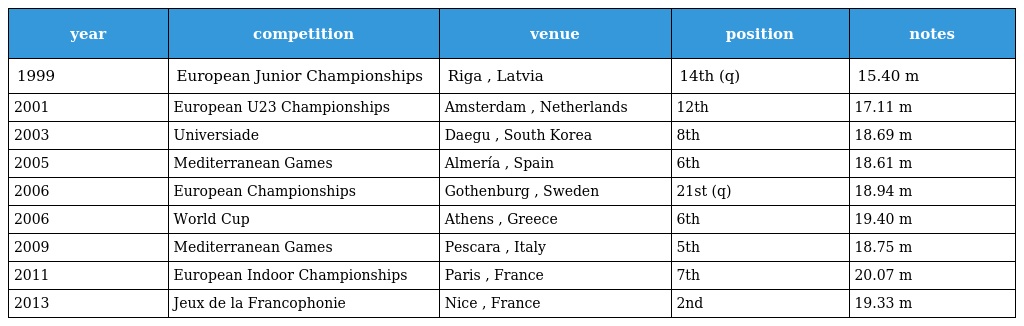
| year | competition | venue | position | notes |
 | --- | --- | --- | --- | --- |
 | 1999 | European Junior Championships | Riga , Latvia | 14th (q) | 15.40 m |
 | 2001 | European U23 Championships | Amsterdam , Netherlands | 12th | 17.11 m |
 | 2003 | Universiade | Daegu , South Korea | 8th | 18.69 m |
 | 2005 | Mediterranean Games | Almería , Spain | 6th | 18.61 m |
 | 2006 | European Championships | Gothenburg , Sweden | 21st (q) | 18.94 m |
 | 2006 | World Cup | Athens , Greece | 6th | 19.40 m |
 | 2009 | Mediterranean Games | Pescara , Italy | 5th | 18.75 m |
 | 2011 | European Indoor Championships | Paris , France | 7th | 20.07 m |
 | 2013 | Jeux de la Francophonie | Nice , France | 2nd | 19.33 m |